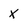
Character: X